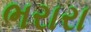
ભરારા